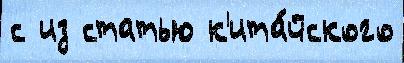
с из статью к'ита́йского